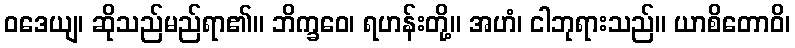
ဝဒေယျ၊ ဆိုသည်မည်ရာ၏။ ဘိက္ခဝေ၊ ရဟန်းတို့။ အဟံ၊ ငါဘုရားသည်။ ယာစိတောဝိ၊